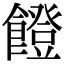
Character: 𩞬